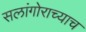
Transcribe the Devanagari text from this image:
सलांगोराच्याच